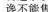
谗不能售